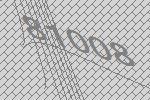
81008